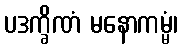
ပဒက္ခိဏံ မနောကမ္မံ၊